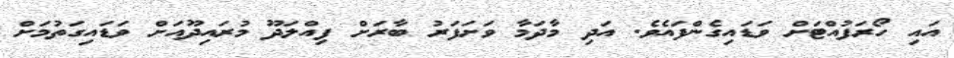
އައި ހޯރަފުއްޓަށް ވަޑައިގެންފައެވެ. އަދި މާދަމާ ވަށަފަރު ބާރަށް ފިއްލަދޫ މުރައިދޫއަށް ވަޑައިގަތުމަށް